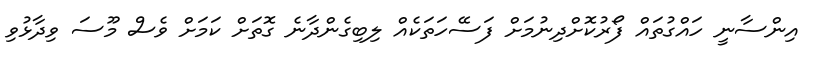
އިންސާނީ ހައްގުތައް ފޯރުކޮށްދިނުމަށް ފަސޭހަތަކެއް ލިބިގެންދާނެ ގޮތަށް ކަމަށް ވެސް މޫސަ ވިދާޅުވި